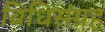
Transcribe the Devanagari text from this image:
विधिसंग्रह